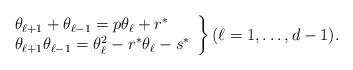
LaTeX: \begin{align*} \left.\begin{array}{l}\theta_{\ell +1} + \theta_{\ell -1} = p \theta_{\ell} + r^* \\\theta_{\ell +1} \theta_{\ell -1} = \theta_{\ell}^2 - r^* \theta_{\ell} - s^*\end{array}\right\}(\ell =1, \dots, d-1).\end{align*}